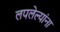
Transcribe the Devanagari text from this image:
लपलेल्‍यांना